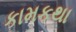
કામકથા